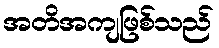
အတိအကျဖြစ်သည်